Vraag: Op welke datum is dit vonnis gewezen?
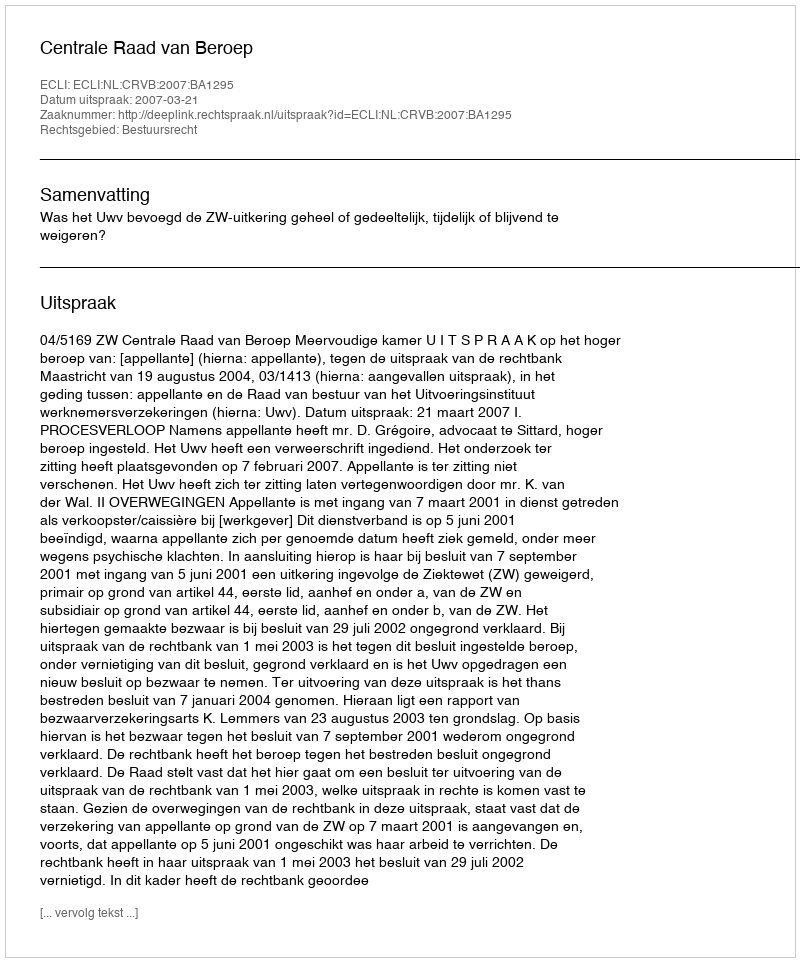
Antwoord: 2007-03-21